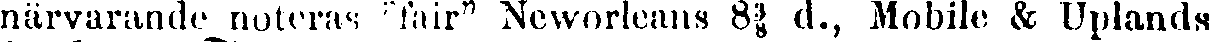
närvarande noteras "fair" Neworleans 8⅜ d., Mobile & Uplands